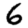
Digit: 6